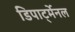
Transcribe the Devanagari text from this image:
डिपार्ट्मेनल